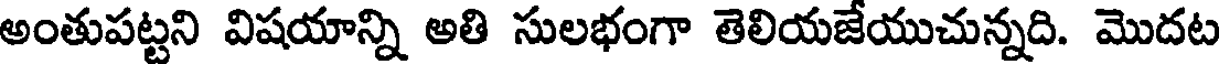
అంతుపట్టని విషయాన్ని అతి సులభంగా తెలియజేయుచున్నది. మొదట